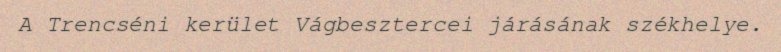
A Trencséni kerület Vágbesztercei járásának székhelye.